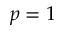
p = 1